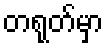
တရုတ်မှာ